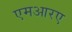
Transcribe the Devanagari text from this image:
एमआरए